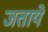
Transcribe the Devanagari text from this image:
जताये